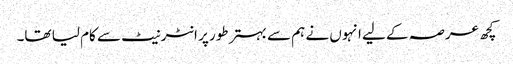
کچھ عرصہ کے لیے انہوں نے ہم سے بہتر طور پر انٹرنیٹ سے کام لیا تھا۔